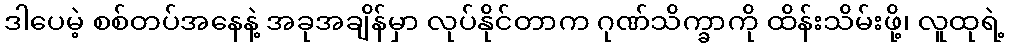
ဒါပေမဲ့ စစ်တပ်အနေနဲ့ အခုအချိန်မှာ လုပ်နိုင်တာက ဂုဏ်သိက္ခာကို ထိန်းသိမ်းဖို့၊ လူထုရဲ့